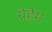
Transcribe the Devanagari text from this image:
ग्रैहैम